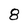
Character: 8